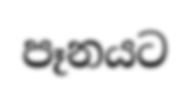
පෑනයට